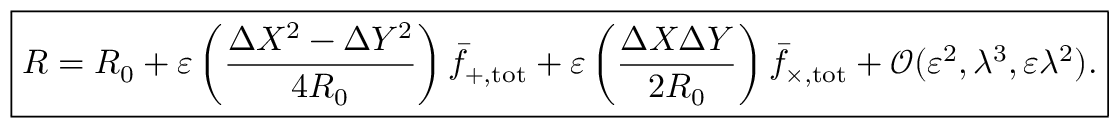
\begin{array} { r } { \boxed { R = R _ { 0 } + \varepsilon \left( \frac { \Delta X ^ { 2 } - \Delta Y ^ { 2 } } { 4 R _ { 0 } } \right) \bar { f } _ { + , \mathrm { t o t } } + \varepsilon \left( \frac { \Delta X \Delta Y } { 2 R _ { 0 } } \right) \bar { f } _ { \times , \mathrm { t o t } } + \mathcal O ( \varepsilon ^ { 2 } , \lambda ^ { 3 } , \varepsilon \lambda ^ { 2 } ) . } } \end{array}